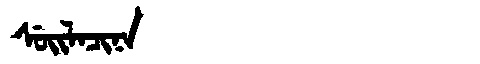
Manchu: ᠰᡠᡳᠯᠠᠴᡳᠨᠠ
Romanization: SUILACINA